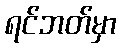
ရင်ဘတ်မှာ